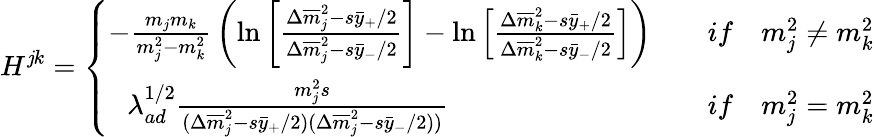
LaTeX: H^{\mathit{j}k}=\left\{ \begin{array}{ll}{{-{\frac{m_{j}m_{k}}{m_{j}^{2}-m_{k}^{2}}}\left(\ln\left[{\frac{\Delta{\overline{{m}}}_{j}^{2}-s\bar{y}_{+}/2}{\Delta{\overline{{m}}}_{j}^{2}-s\bar{y}_{-}/2}}\right]-\ln\left[{\frac{\Delta{\overline{{m}}}_{k}^{2}-s\bar{y}_{+}/2}{\Delta{\overline{{m}}}_{k}^{2}-s\bar{y}_{-}/2}}\right]\right)}}&{{\quad if\quad m_{j}^{2}\ne m_{k}^{2}}}\\ {{\, \, \, \, \lambda_{ad}^{1/2}{\frac{m_{j}^{2}s}{(\Delta{\overline{{m}}}_{j}^{2}-s\bar{y}_{+}/2)(\Delta{\overline{{m}}}_{j}^{2}-s\bar{y}_{-}/2))}}}}&{{\quad if\quad m_{j}^{2}=m_{k}^{2}}}\end{array}\right.